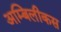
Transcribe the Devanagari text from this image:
अम्बिलीकस